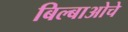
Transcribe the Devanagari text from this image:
बिल्बाओचे